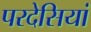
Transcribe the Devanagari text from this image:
परदेसियां